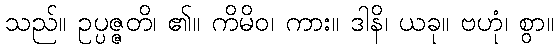
သည်။ ဥပ္ပဇ္ဇတိ၊ ၏။ ကိမိဝ၊ ကား။ ဒါနိ၊ ယခု။ ဗဟုံ၊ စွာ။